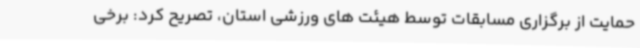
حمایت از برگزاری مسابقات توسط هیئت های ورزشی استان، تصریح کرد: برخی